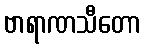
ဗာရာဏသီတော